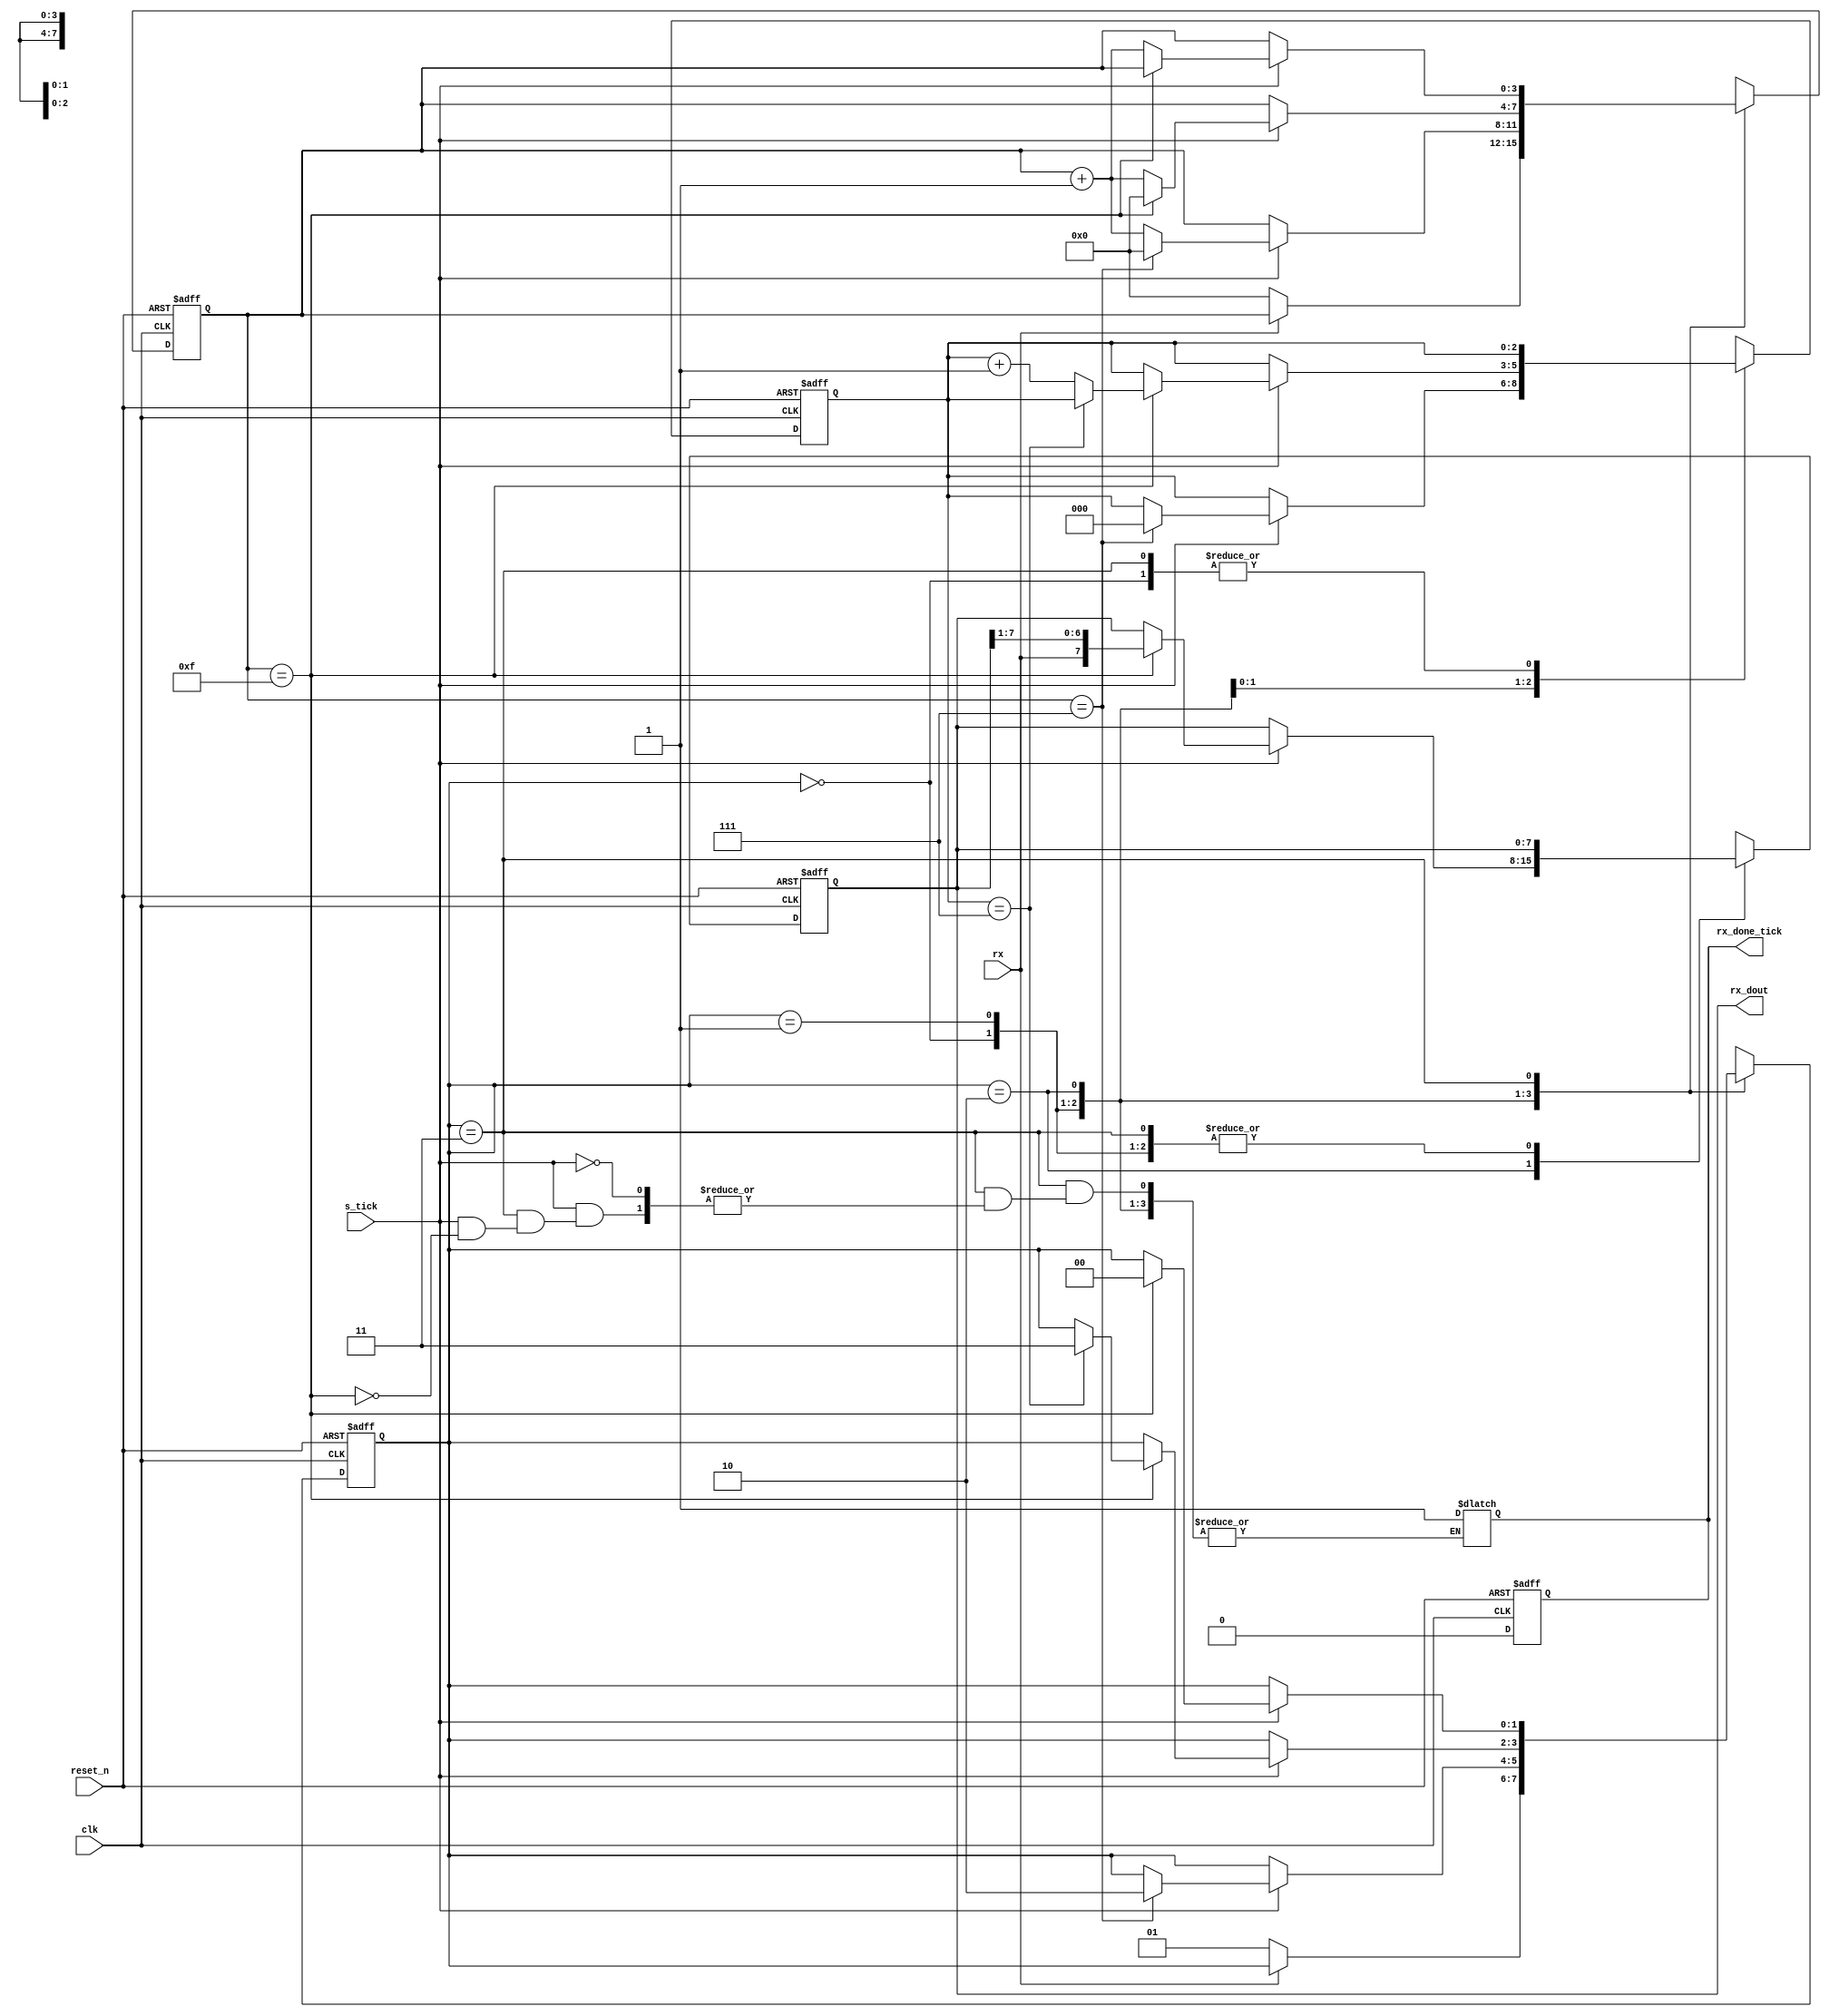
/////////////////////////////////////////////////////
//                                                 //
//       MOHAMED GAD HAMZA METWALLY    1901131     //
//       ANDREW FAROUK MARKUS          1901134     //
//                                                 //
//                                                 //
/////////////////////////////////////////////////////
module UART_receiver 
#(parameter DBIT = 8,       // n data bits
            SB_TICK = 16    //n stop bit ticks "1 stop bit"
            )
(
    input clk, reset_n,
    input rx, s_tick,

    output reg rx_done_tick,
    output [DBIT - 1 : 0] rx_dout
);

localparam idle = 0,
            start = 1,
            data = 2,
            stop = 3;

reg [1:0] state_reg,state_next;
reg [3:0] s_reg, s_next;                    //counter to count number of ticks
reg [$clog2(DBIT) - 1 : 0] n_reg, n_next;    //counter to count number of shifted bits
reg [DBIT -1 : 0] b_reg , b_next;           //shift register

//state always block
always @(posedge clk , negedge reset_n) begin
  	rx_done_tick = 1'b0;
    if(~reset_n) begin
        state_reg <= idle;
        s_reg <= 0;
        n_reg <= 0;
        b_reg <= 0;
    end
    else begin
        state_reg <= state_next;
        s_reg <= s_next;
        n_reg <= n_next;
        b_reg <= b_next;
    end
end
 
always @(*) begin
    state_next = state_reg;
    s_next = s_reg;
    n_next = n_reg;
    b_next = b_reg;
    

    case (state_reg)
        idle:
            if (~rx) begin
                s_next = 0;
                state_next = start;
            end 
        start:
            if (s_tick) begin
                if (s_reg == 7) begin
                    s_next = 0;
                    n_next = 0;
                    state_next = data;
                end
                else
                    s_next = s_reg + 1 ;
            end
        data:
            if (s_tick) begin
                if (s_reg == 15) begin
                    s_next = 0;
                    b_next = {rx, b_reg[DBIT -1 : 1]};  //right shift
                    if(n_reg == (DBIT - 1))
                        state_next = stop;
                    else
                        n_next = n_reg +1;
                end
                else
                    s_next = s_reg + 1 ;
            end
        stop:
            if (s_tick) begin
                if(s_reg == (SB_TICK -1)) begin
                    rx_done_tick = 1'b1;
                    state_next = idle;
                end
                else
                    s_next = s_reg +1;
            end
        default:
            state_next = idle; 
    endcase
end

assign rx_dout = b_reg;
endmodule